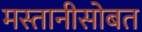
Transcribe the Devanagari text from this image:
मस्तानीसोबत